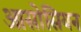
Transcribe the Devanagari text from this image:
आसोसियन